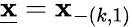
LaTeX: \underline{{\mathbf{x}}}=\mathbf{x}_{-(k,1)}